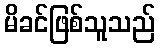
မိခင်ဖြစ်သူသည်